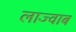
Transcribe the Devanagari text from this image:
लाज्वाब